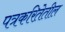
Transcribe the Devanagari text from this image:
पत्रकरितेतील